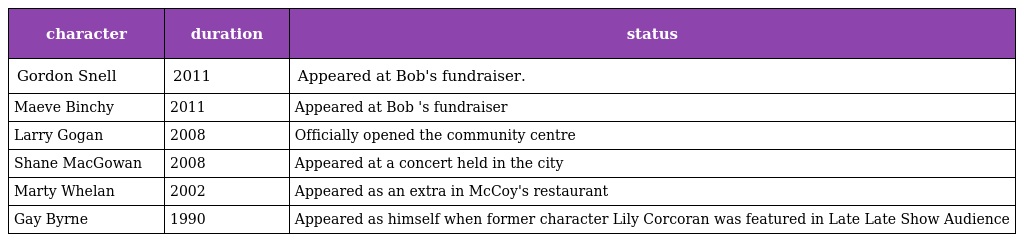
| character | duration | status |
 | --- | --- | --- |
 | Gordon Snell | 2011 | Appeared at Bob's fundraiser. |
 | Maeve Binchy | 2011 | Appeared at Bob 's fundraiser |
 | Larry Gogan | 2008 | Officially opened the community centre |
 | Shane MacGowan | 2008 | Appeared at a concert held in the city |
 | Marty Whelan | 2002 | Appeared as an extra in McCoy's restaurant |
 | Gay Byrne | 1990 | Appeared as himself when former character Lily Corcoran was featured in Late Late Show Audience |